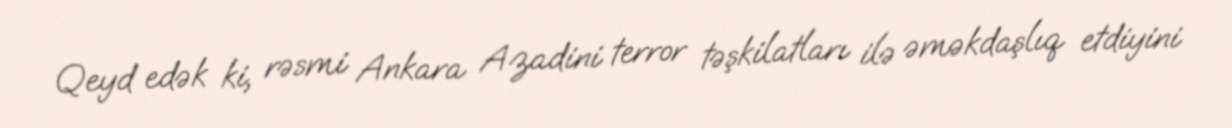
Qeyd edək ki, rəsmi Ankara Azadini terror təşkilatları ilə əməkdaşlıq etdiyini